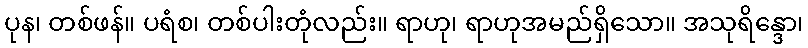
ပုန၊ တစ်ဖန်။ ပရံစ၊ တစ်ပါးတုံလည်း။ ရာဟု၊ ရာဟုအမည်ရှိသော။ အသုရိန္ဒော၊